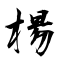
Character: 楊